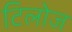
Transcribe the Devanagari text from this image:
टिलोज